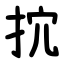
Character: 抭